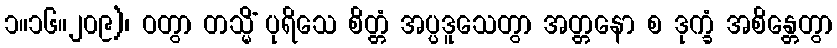
၁။၁၆။၂၀၉)၊ ဝတွာ တသ္မိံ ပုရိသေ စိတ္တံ အပ္ပဒူသေတွာ အတ္တနော စ ဒုက္ခံ အစိန္တေတွာ